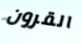
القرون